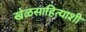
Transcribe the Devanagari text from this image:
खेळसाहित्याशी